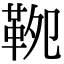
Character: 𩊁